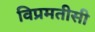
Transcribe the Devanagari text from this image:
विप्रमतीसी